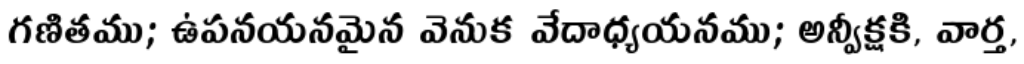
గణితము; ఉపనయనమైన వెనుక వేదాధ్యయనము; అన్వీక్షకి, వార్త,